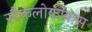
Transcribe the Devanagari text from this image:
स्टैफलोकॉकस